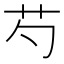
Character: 芍